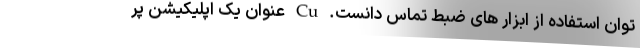
توان استفاده از ابزار های ضبط تماس دانست. Cu عنوان یک اپلیکیشن پر